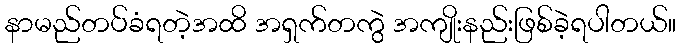
နာမည်တပ်ခံရတဲ့အထိ အရှက်တကွဲ အကျိုးနည်းဖြစ်ခဲ့ရပါတယ်။